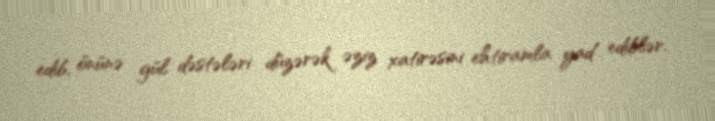
edib, önünə gül dəstələri düzərək əziz xatirəsini ehtiramla yad ediblər.